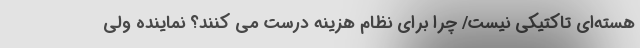
هسته‌ای تاکتیکی نیست/ چرا برای نظام هزینه درست می‌ کنند؟ نماینده ولی